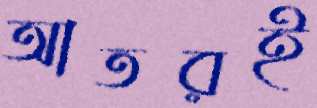
আতরই